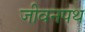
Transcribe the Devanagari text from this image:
जीवनपथ